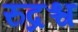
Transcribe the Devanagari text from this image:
रुद्रश्च